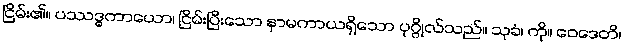
ငြိမ်း၏။ ပဿဒ္ဓကာယော၊ ငြိမ်းပြီးသော နာမကာယရှိသော ပုဂ္ဂိုလ်သည်။ သုခံ၊ ကို။ ဝေဒေတိ၊